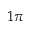
1 \pi